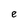
Character: e